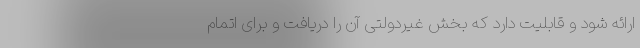
ارائه شود و قابلیت دارد که بخش غیردولتی آن را دریافت و برای اتمام